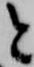
と